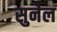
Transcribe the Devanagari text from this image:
सुनेल